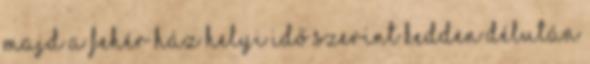
majd a Fehér Ház helyi idő szerint kedden délután